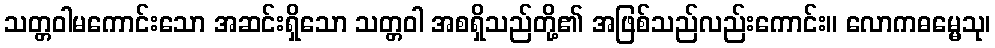
သတ္တဝါမကောင်းသော အဆင်းရှိသော သတ္တဝါ အစရှိသည်တို့၏ အဖြစ်သည်လည်းကောင်း။ လောကဓမ္မေသု၊